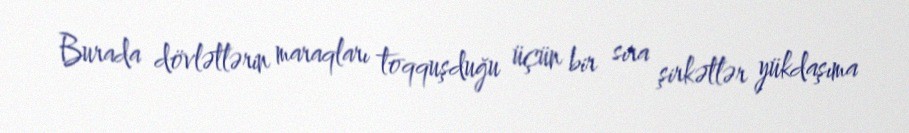
Burada dövlətlərin maraqları toqquşduğu üçün bir sıra şirkətlər yükdaşıma